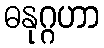
ဓနုဂ္ဂဟာ